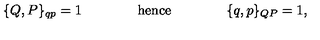
\{ Q , P \} _ { q p } = 1 \qquad \qquad \mathrm { h e n c e } \qquad \qquad \{ q , p \} _ { Q P } = 1 ,